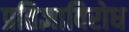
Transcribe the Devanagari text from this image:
प्रतिज्ञाविरोध